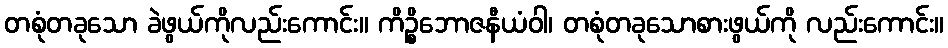
တစုံတခုသော ခဲဖွယ်ကိုလည်းကောင်း။ ကိဉ္စိဘောဇနီယံဝါ၊ တစုံတခုသောစားဖွယ်ကို လည်းကောင်း။